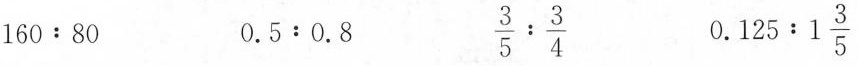
$$1 6 0 ：8 0$$ $$0 . 5 ：0 . 8$$ $$\frac { 3 } { 5 } ： \frac { 3 } { 4 }$$ $$0 . 1 2 5 ：1 \frac { 3 } { 5 }$$